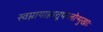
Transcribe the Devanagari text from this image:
स्वम्नायाम्नातूफलोन्मुखाः